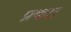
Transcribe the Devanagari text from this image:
प्रकाा